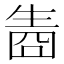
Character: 𤯬